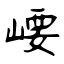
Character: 崾